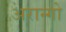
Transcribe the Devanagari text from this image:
अरान्गो